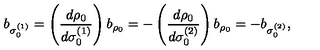
b _ { \sigma _ { 0 } ^ { ( 1 ) } } = \left( { \frac { d \rho _ { 0 } } { d \sigma _ { 0 } ^ { ( 1 ) } } } \right) b _ { \rho _ { 0 } } = - \left( { \frac { d \rho _ { 0 } } { d \sigma _ { 0 } ^ { ( 2 ) } } } \right) b _ { \rho _ { 0 } } = - b _ { \sigma _ { 0 } ^ { ( 2 ) } } ,